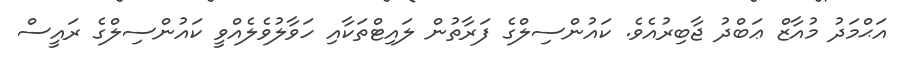
އަޙްމަދު މުއާޒް ޢަބްދު ޖާބިރުއެވެ. ކައުންސިލްގެ ފަރާތުން ލައިޓްތަކާއި ހަވާލުވެލެއްވީ ކައުންސިލްގެ ރައީސް